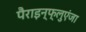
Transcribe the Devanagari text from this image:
पैराइन्फ्लुएंजा